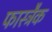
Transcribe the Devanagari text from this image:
फास्ट्रैक